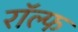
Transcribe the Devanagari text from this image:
राॅल्फ